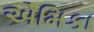
એમિકા